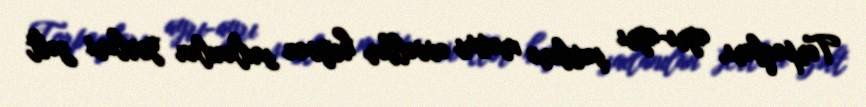
Torpaqları, ayrı-ayrı şəxslərə məxsus əvvəllər heyvan saxlanılan yerləri zəbt